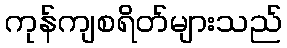
ကုန်ကျစရိတ်များသည်